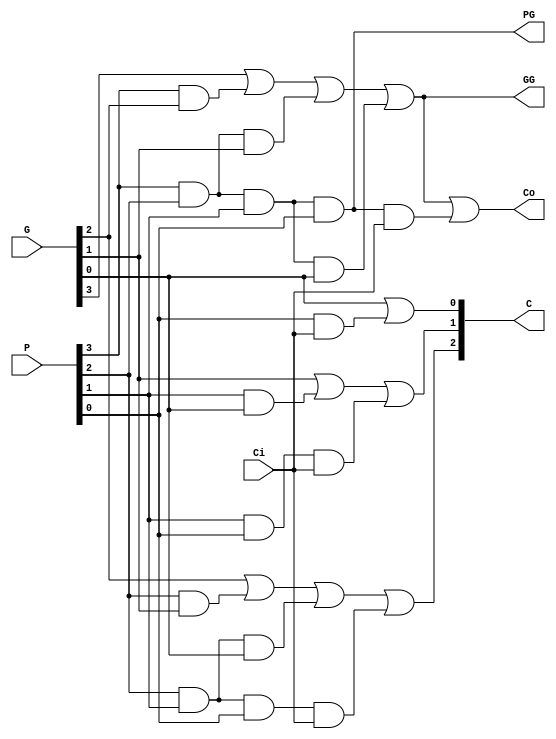
module CLALogic (G, P, Ci, C, Co, PG, GG);
   input[3:0] G, P;
   input Ci;
   output[3:1] C;
   output Co,PG,GG;
   wire GG_int, PG_int;
   assign C[1] = G[0] | (P[0] & Ci) ;
   assign C[2] = G[1] | (P[1] & G[0]) | (P[1] & P[0] & Ci) ;
   assign  C[3]=G[2]|(P[2] & G[1])|(P[2]&P[1]&G[0]) | (P[2] & P[1] &P[0] & Ci) ;
   assign PG_int = P[3] & P[2] & P[1] & P[0] ;
assign  GG_int=G[3]|(P[3] & G[2])|(P[3]&P[2]&G[1])|(P[3]&P[2]&P[1]& G[0]);
   assign Co = GG_int | (PG_int & Ci) ;
   assign PG = PG_int ;
   assign GG = GG_int ;
endmodule